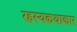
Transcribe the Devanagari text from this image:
रहस्यकथाकार